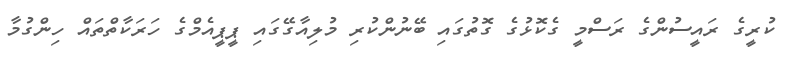
ކުރީގެ ރައީސުންގެ ރަސްމީ ގެކޮޅުގެ ގޮތުގައި ބޭނުންކުރި މުލިއާގޭގައި ޕީޕީއެމްގެ ހަރަކާތްތައް ހިންގުމާ